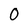
Character: 0